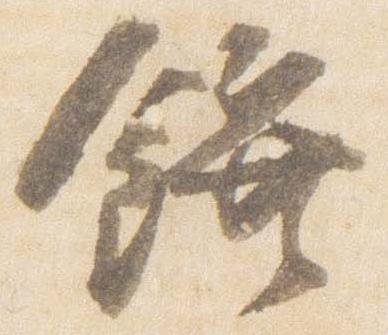
饌